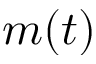
m ( t )